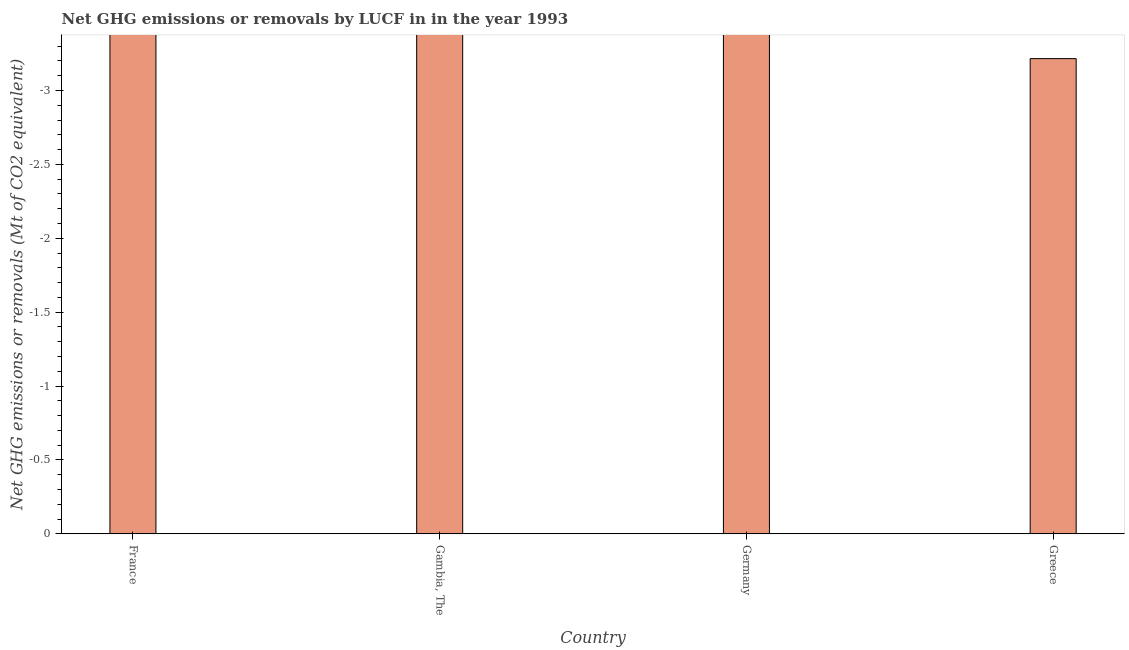
| Country | GHG net emissions or removals |
 | --- | --- |
 | France | -47.5 |
 | Gambia, The | -50 |
 | Germany | -31.9 |
 | Greece | -3.22 |